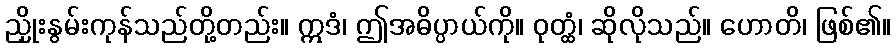
ညှိုးနွမ်းကုန်သည်တို့တည်း။ ဣဒံ၊ ဤအဓိပ္ပာယ်ကို။ ဝုတ္ထံ၊ ဆိုလိုသည်။ ဟောတိ၊ ဖြစ်၏။